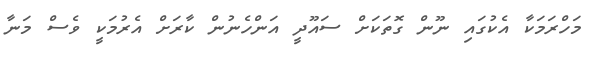
މަހްރަމަކާ އެކުގައި ނޫން ގޮތަކަށް ސައޫދީ އަންހެނުން ކާރަށް އެރުމަކީ ވެސް މަނާ